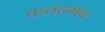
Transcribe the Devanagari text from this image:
कतदगब